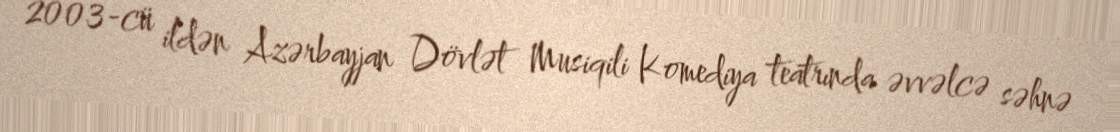
2003-cü ildən Azərbayjan Dövlət Musiqili Komediya teatrında əvvəlcə səhnə